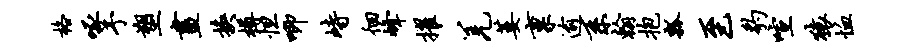
格啄予塑画换樽怛唧峙徊峰擢羌萎禀逾系翰抱瓢至豹喧猿恤